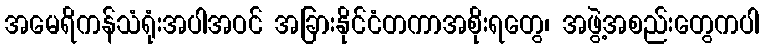
အမေရိကန်သံရုံးအပါအဝင် အခြားနိုင်ငံတကာအစိုးရတွေ၊ အဖွဲ့အစည်းတွေကပါ